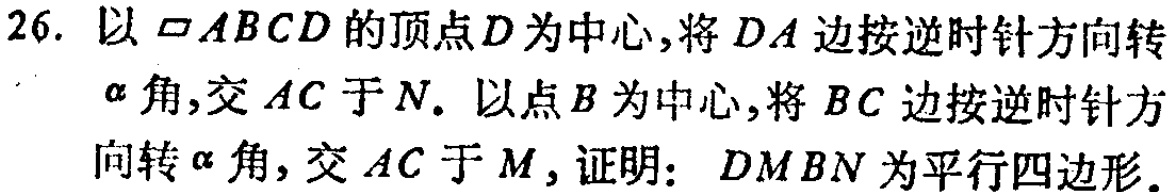
26. 以$\square ABCD$的顶点$D$为中心，将$DA$边按逆时针方向转$\alpha$角，交$AC$于$N$. 以点$B$为中心，将$BC$边按逆时针方向转$\alpha$角，交$AC$于$M$，证明：$DMBN$为平行四边形.